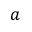
a